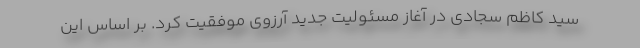
سید کاظم سجادی در آغاز مسئولیت جدید آرزوی موفقیت کرد. بر اساس این